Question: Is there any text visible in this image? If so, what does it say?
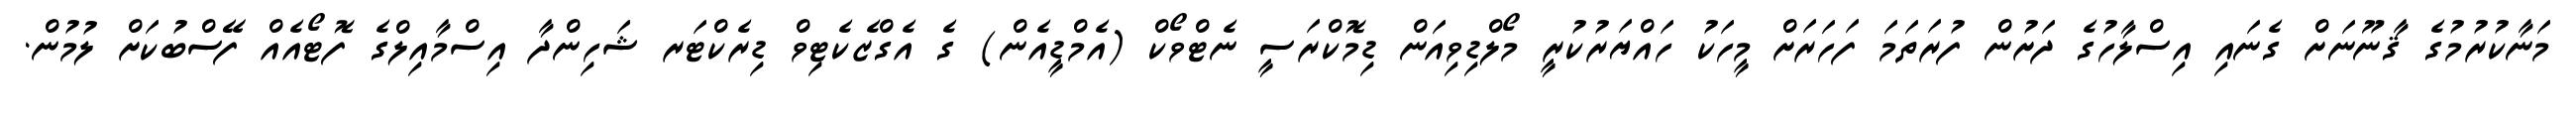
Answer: މަނާކުރުމުގެ ޤާނޫނަށް ގެނައި އިސްލާހުގެ ދަށުން ފުރަތަމަ ފަހަރަށް މީހަކު ހައްޔަރުކުރީ މޯލްޑިވިއަން ޑިމޮކްރަސީ ނެޓްވޯކް (އެމްޑީއެން) ގެ އެގްޒެކެޓިވް ޑިރެކްޓަރ ޝަހިންދާ އިސްމާއިލްގެ ފޮޓޯއެއް ފޭސްބުކަށް ލުމުން.